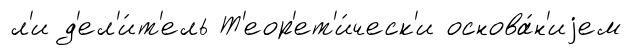
л'и д'ел'и́т'ель Т'еор'ет'и́ческ'и основа́н'иjем